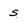
Character: 5